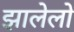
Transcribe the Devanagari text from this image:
झालेलो